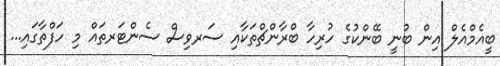
ބީއެމްއެލް އިން ބުނީ ބޭންކުގެ ހުރިހާ ބްރާންޗްތަކާއި ސަރވިސް ސެންޓަރތައް މި ހަފްތާގައި...